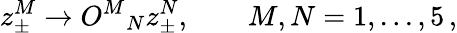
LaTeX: z_{\pm}^{M}\rightarrow O^{M}{}_{N}z_{\pm}^{N},\qquad M,N=1,...,5\, ,